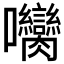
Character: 𡆝